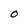
Character: O